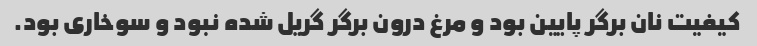
کیفیت نان برگر پایین بود و مرغ درون برگر گریل شده نبود و سوخاری بود.